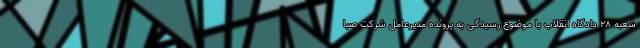
شعبه ۲۸ دادگاه انقلاب با موضوع رسیدگی به پرونده مدیرعامل شرکت صبا